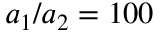
a _ { 1 } / a _ { 2 } = 1 0 0